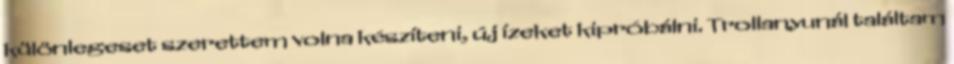
különlegeset szerettem volna készíteni, új ízeket kipróbálni. Trollanyunál találtam